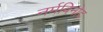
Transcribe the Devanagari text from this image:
नर्मविनोद